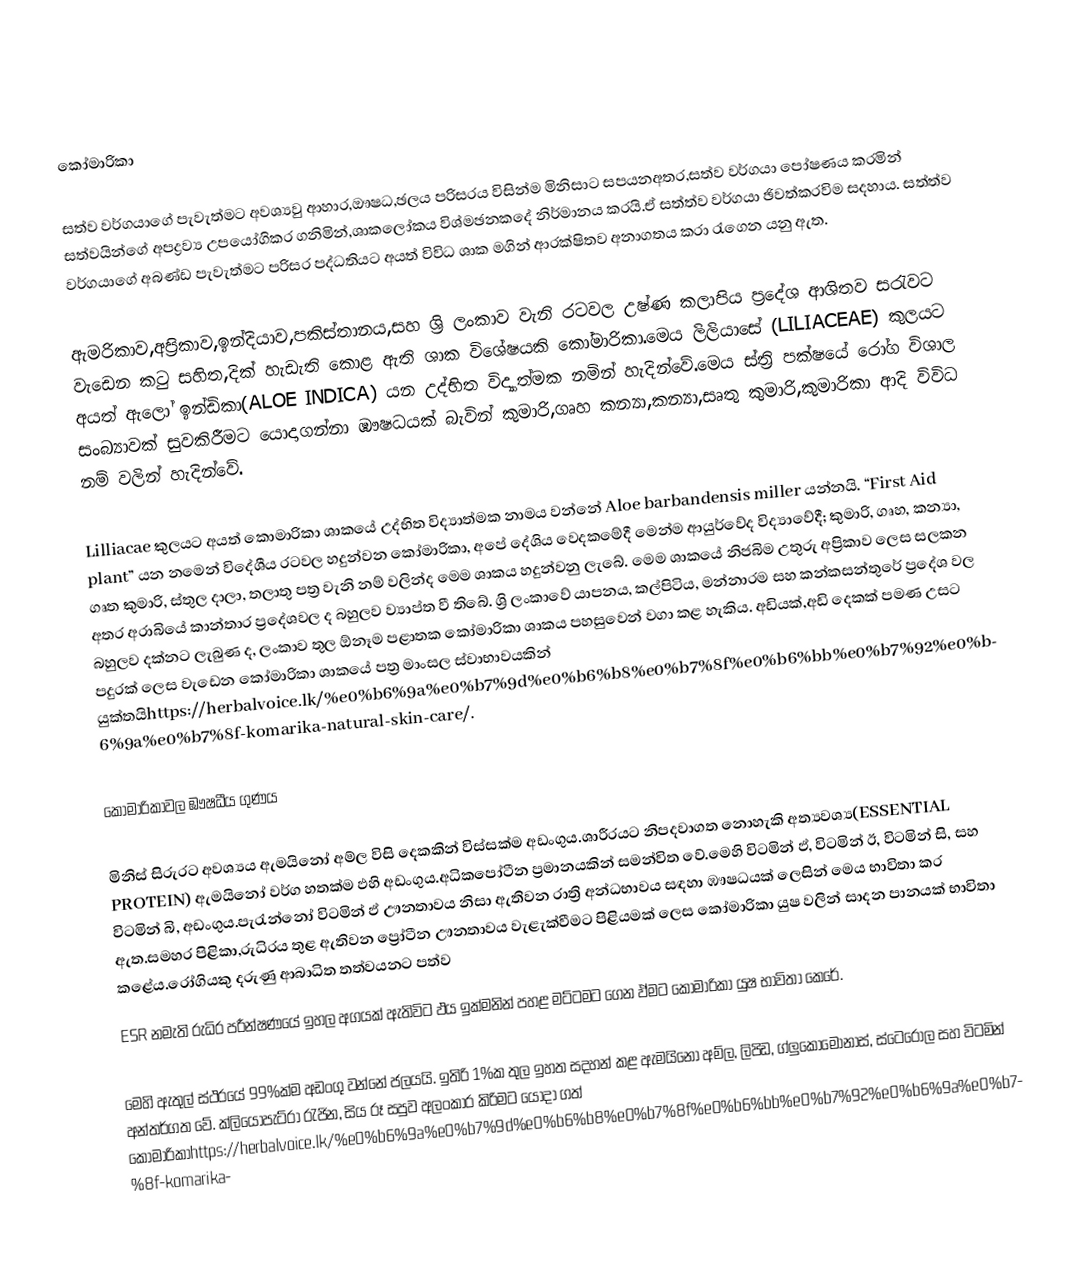

කෝමාරිකා

		සත්ව වර්ගයාගේ පැවැත්මට අවශ්‍යවු ආහාර,ඖෂධ,ඡලය පරිසරය විසින්ම මිනිසාට සපයනඅතර,සත්ව වර්ගයා පෝෂණය කරමින් සත්වයින්ගේ අපද්‍රව්‍ය උපයෝගිකර ගනිමින්,ශාකලෝකය විශ්මඡනකදේ නිර්මානය කරයි.ඒ සත්ත්ව වර්ගයා ඡිවත්කරවිම සදහාය. සත්ත්ව වර්ගයාගේ අබණ්ඩ පැවැත්මට පරිසර පද්ධතියට අයත් විවිධ ශාක මගින් ආරක්ෂිතව අනාගතය කරා රැගෙන යනු ඇත.

ඇමරිකාව,අප්‍රිකාව,ඉන්දියාව,පකිස්තානය,සහ ශ්‍රි ලංකාව වැනි රටවල උෂ්ණ කලාපිය ප්‍රදේශ ආශිතව සරැවට වැඩෙන කටු සහිත,දික් හැඩැති කොළ ඇති ශාක විශේෂයකි කෝමාරිකා.මෙය ලිලියාසේ (LILIACEAE) කුලයට අයත් ඇලෝ ඉන්ඩිකා(ALOE INDICA) යන උද්භිත විද්‍යාත්මක නමින් හැදින්වේ.මෙය ස්ත්‍රි පක්ෂයේ රෝග විශාල සංබ්‍යාවක් සුවකිරීමට යොදාගන්නා ඹෟෂධයක් බැවින් කුමාරි,ගෘහ කන්‍යා,කන්‍යා,සෘතු කුමාරි,කුමාරිකා ආදි විවිධ නම් වලින් හැදින්වේ.

Lilliacae කුලයට අයත් කොමාරිකා ශාකයේ උද්භිත විද්‍යාත්මක නාමය වන්නේ Aloe barbandensis miller යන්නයි. “First Aid plant” යන නමෙන් විදේශීය රටවල හදුන්වන කෝමාරිකා, අපේ දේශිය වෙදකමේදී මෙන්ම ආයුර්වේද විද්‍යාවේදී; කුමාරි, ගෘහ, කන්‍යා, ගෘත කුමාරි, ස්තුල දාලා, තලාතු පත්‍ර වැනි නම් වලින්ද මෙම ශාකය හදුන්වනු ලැබේ. මෙම ශාකයේ නිජබිම උතුරු අප්‍රිකාව ලෙස සලකන අතර අරාබියේ කාන්තාර ප්‍රදේශවල ද බහුලව ව්‍යාප්ත වී තිබේ. ශ්‍රි ලංකාවේ යාපනය, කල්පිටිය, මන්නාරම සහ කන්කසන්තුරේ ප්‍රදේශ වල බහුලව දක්‌නට ලැබුණ ද, ලංකාව තුල ඕනෑම පළාතක කෝමාරිකා ශාකය පහසුවෙන් වගා කළ හැකිය. අඩියක්,අඩි දෙකක් පමණ උසට පදුරක් ලෙස වැඩෙන කෝමාරිකා ශාකයේ පත්‍ර මාංසල ස්වාභාවයකින් යුක්තයිhttps://herbalvoice.lk/%e0%b6%9a%e0%b7%9d%e0%b6%b8%e0%b7%8f%e0%b6%bb%e0%b7%92%e0%b6%9a%e0%b7%8f-komarika-natural-skin-care/.

කෝමාරිකාවල ඹෟෂධීය ගුණය

		මිනිස් සිරුරට අවශ්‍යය ඇමයිනෝ අම්ල විසි දෙකකින් විස්සක්ම අඩංගුය.ශාරීරයට  නිපදවාගත නොහැකි අත්‍යවශ්‍ය(ESSENTIAL PROTEIN) ඇමයිනෝ වර්ග හතක්ම ඵහි අඩංගුය.අධිකපෝටීන ප්‍රමානයකින් සමන්විත වේ.මෙහි විටමින් ඵ්, විටමින් ඊ, විටමින් සි, සහ විටමින් බි, අඩංගුය.පැරැන්නෝ විටමින් ඵ් ඌනතාවය නිසා ඇතිවන රාත්‍රි අන්ධභාවය සඳහා ඹෟෂධයක් ලෙසින් මෙය භාවිතා කර ඇත.සමහර පිළිකා,රුධිරය තුළ ඇතිවන ප්‍රෝටීන ඌනතාවය වැළැක්වීමට  පිළියමක් ලෙස  කෝමාරිකා යුෂ වලින් සාදන පානයක් භාවිතා කළේය.රෝගියකු දරුණු ආබාධිත තත්වයනට පත්ව
ESR නමැති රුධිර පරීන්ෂණයේ ඉහල අගයක් ඇතිවිට ඵය ඉක්මනින් පහළ මට්ටමට ගෙන ඵ්මට කෝමාරිකා යුෂ භාවිතා කෙරේ.

මෙහි ඇතුල් ස්ථරයේ 99%ක්ම අඩංගු වන්නේ ජලයයි. ‍ඉතිරි 1%ක තුල ඉහත සදහන් කළ ඇමයිනෝ අම්ල, ලිපිඩ, ග්ලුකොමොනාස්, ස්ටෙරෝල සහ විටමින් අන්තර්ගත වේ. ක්ලියෝපැට්රා රැජින, සිය රූ සපුව අලංකාර කිරිමට යොදා ගත් කෝමාරිකාhttps://herbalvoice.lk/%e0%b6%9a%e0%b7%9d%e0%b6%b8%e0%b7%8f%e0%b6%bb%e0%b7%92%e0%b6%9a%e0%b7%8f-komarika-